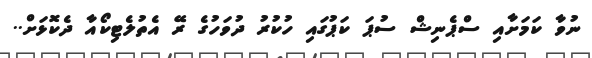
ނުވާ ކަމަށާއި ސްޕެނިޝް ސުޕަ ކަޕުގައި ހުކުރު ދުވަހުގެ ރޭ އެތުލެޓިކޯއާ ދެކޮޅަށް..